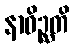
နာဝိဉ္ဆတိ